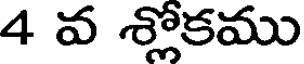
4 వ శ్లోకము